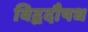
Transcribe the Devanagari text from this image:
विद्वदौषध